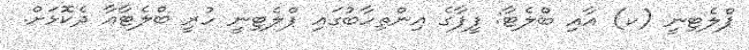
ޕްލެޓިނީ (ކ) އާއި ބްލެޓާ: ފީފާގެ އިންތިހާބުގައި ޕްލެޓިނީ ހުރީ ބްލެޓާއާ ދެކޮޅަށް.